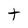
Character: t